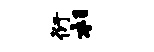
衍杉